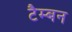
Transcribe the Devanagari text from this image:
टैम्बन